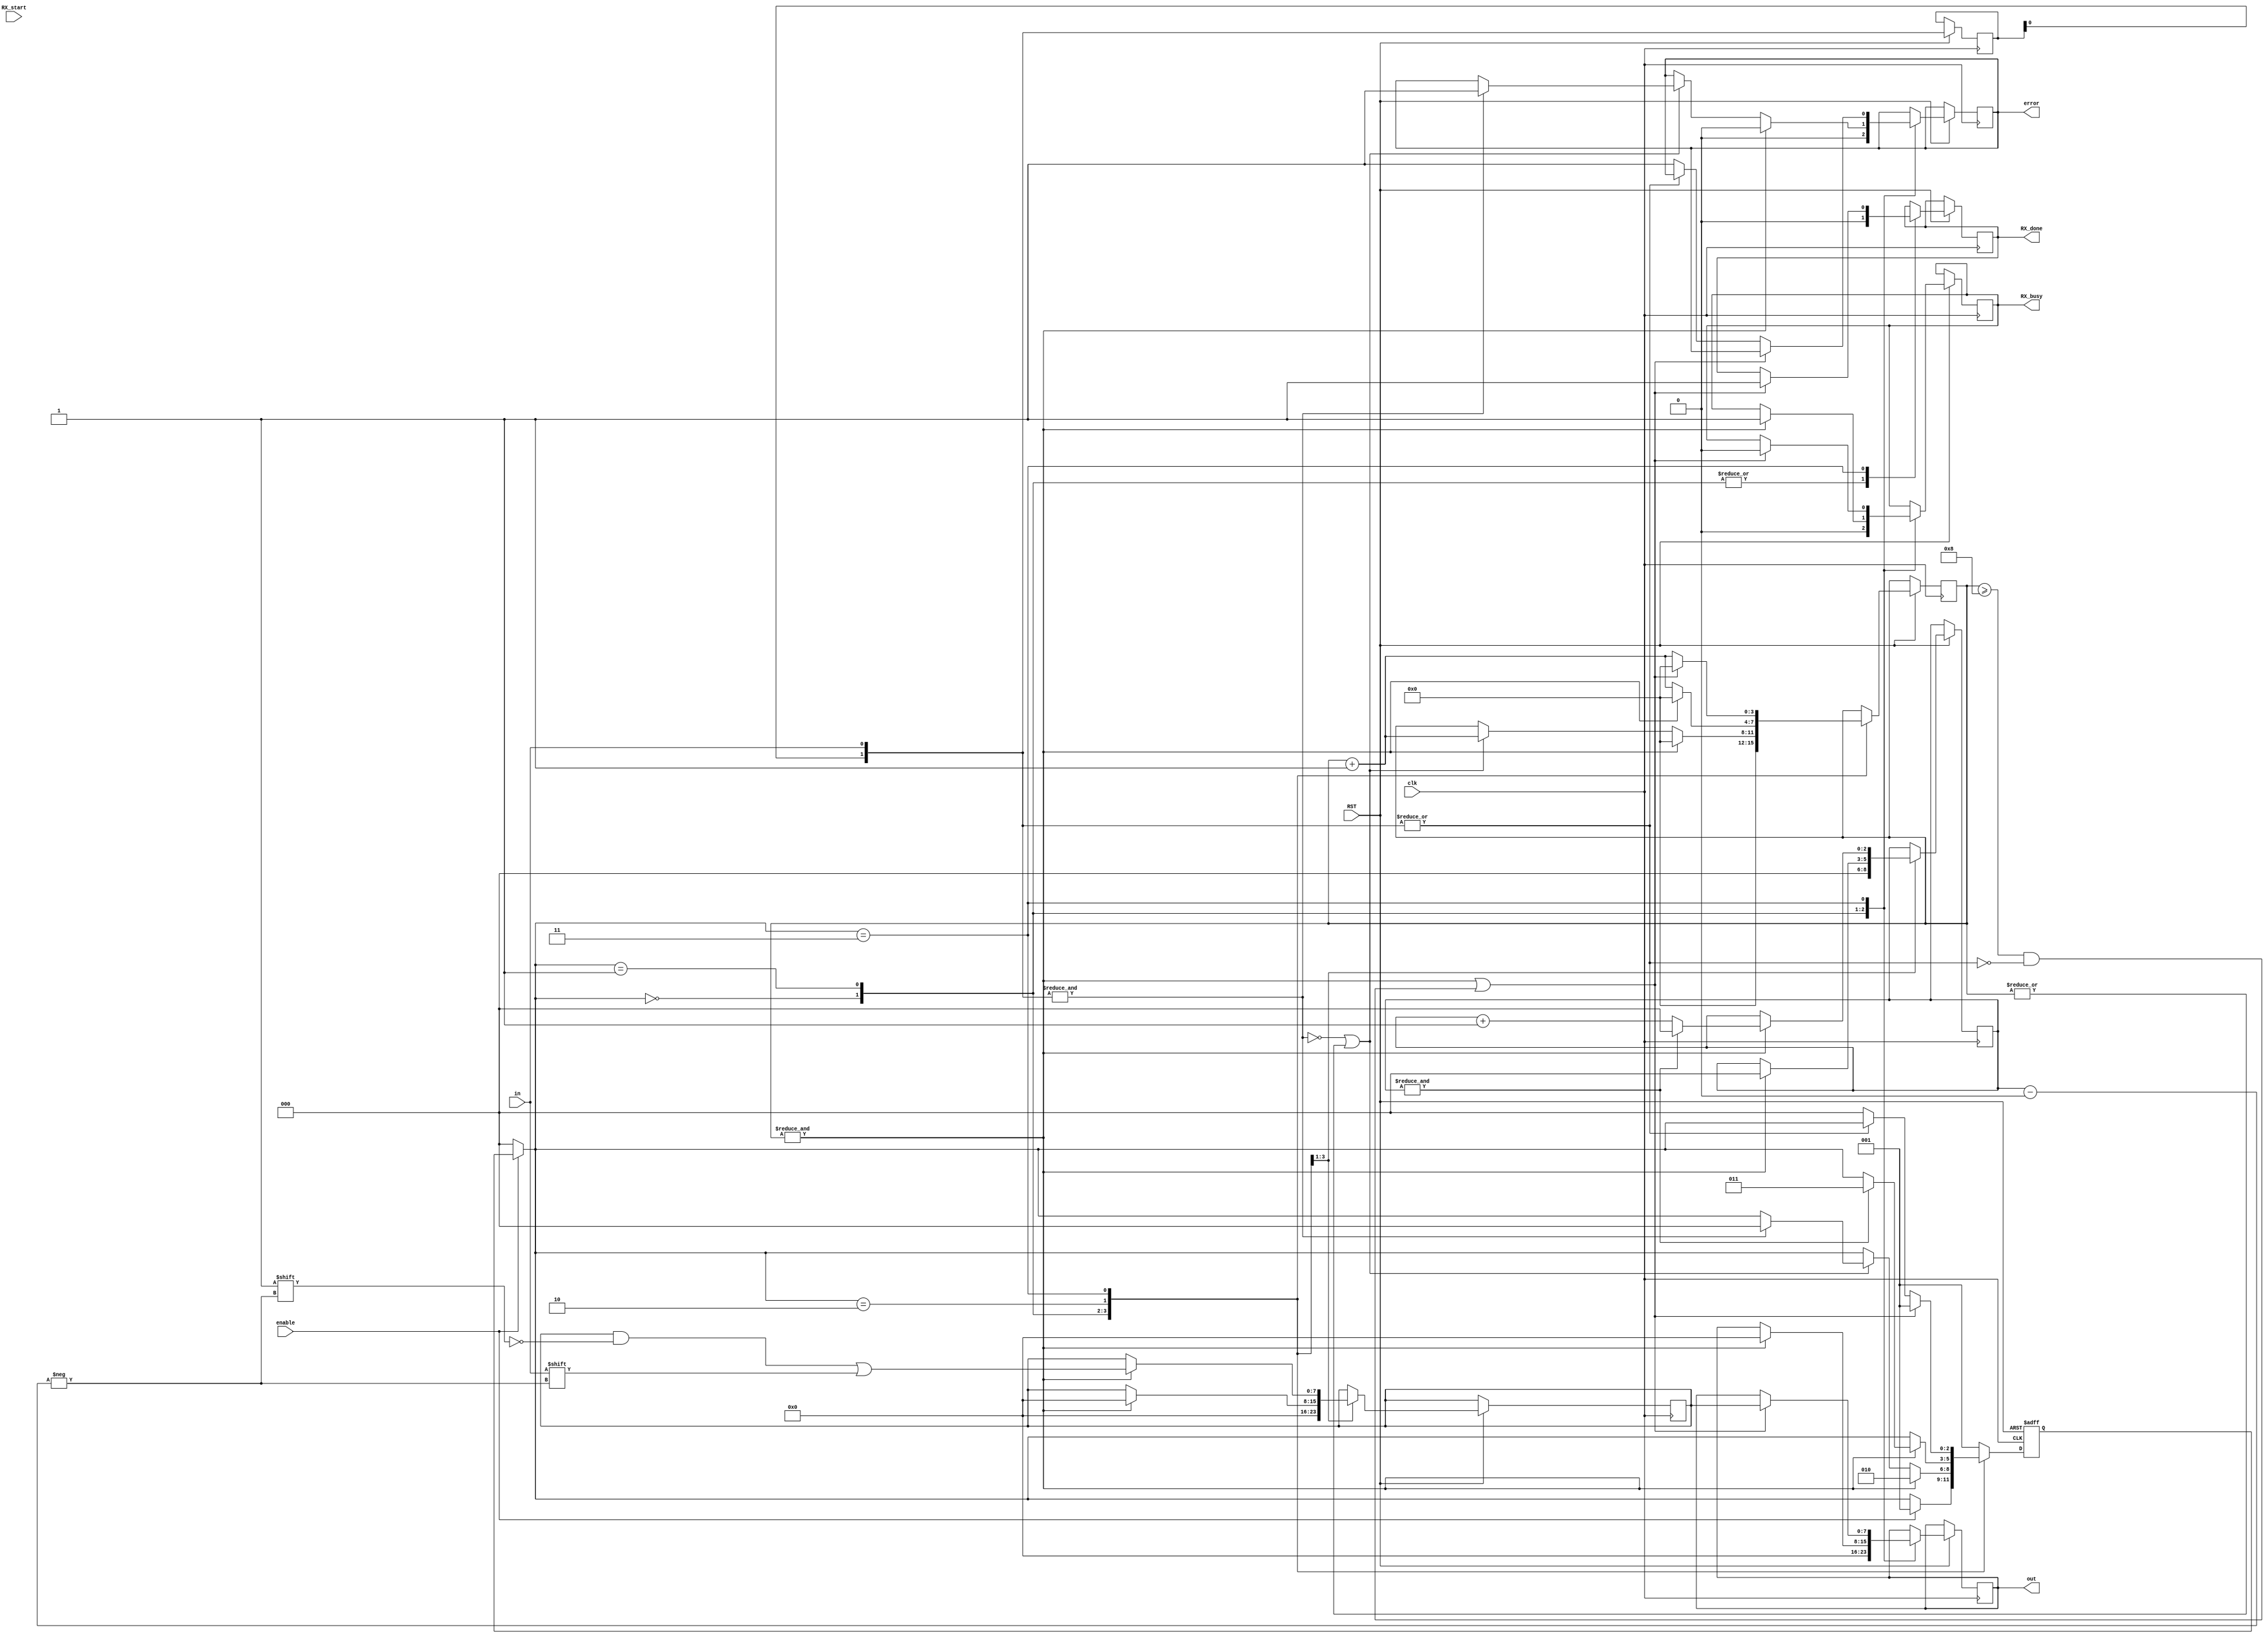
module UART_Receiver #(parameter CLKS_PER_BIT = 2604)
(
  
    input  wire       clk,           // baud rate
    input  wire       enable,
    input  wire       in,            // rx
    input  wire       RX_start,
    input  wire       RST,    
    output reg  [7:0] out,           // received data
    output reg        RX_done,       // end on transaction
    output reg        RX_busy,       // transaction is in process
    output reg        error          // error while receiving data
);

  // Clock frequency in hertz.
  
  parameter CLK_HZ = 25_000_000;
  parameter BIT_RATE =  9600;


    // states of state machine
    parameter RESET = 0;
    parameter IDLE = 1;
    parameter DATA = 2;
    parameter STOP = 3;


    reg [2:0] state = IDLE;           // State register is used to update the current state value with the default being IDLE
    reg [2:0] bitIndex = 3'b0;        // for 8-bit data
    reg [1:0] inShReg = 2'b0;         // shift reg for input signal state
    reg [3:0] clkCount = 4'b0;        // count clocks for 16x oversample
    reg [7:0] receivedData = 8'b0;    // temporary storage for input data

    initial begin
        out <= 8'b0;
        error <= 1'b0;
        RX_done <= 1'b0;
        RX_busy <= 1'b0;
    end

    always @(posedge clk or negedge RST) begin       //At every tick of the system clock 
      if(!RST) begin
        state <= RESET;
      end
      else begin
        inShReg = {inShReg[0], in};
        if (!enable) begin
          state = RESET;
        end

//////////////////////////////// The RESET Case ////////////////////////////////

        case (state)
            RESET: begin
                out <= 8'b0;
                error <= 1'b0;
                RX_done <= 1'b0;
                RX_busy <= 1'b0;
                bitIndex <= 3'b0;
                clkCount <= 4'b0;
                receivedData <= 8'b0;
                if (enable) begin
                    state <= IDLE;
                end
            end
            
//////////////////////////////// The IDLE Case ////////////////////////////////

            IDLE: begin
                RX_done <= 1'b0;
                if (&clkCount) begin
                    state <= DATA;
                    out <= 8'b0;
                    bitIndex <= 3'b0;
                    clkCount <= 4'b0;
                    receivedData <= 8'b0;
                    RX_busy <= 1'b1;
                    error <= 1'b0;
                end 
                else if (!(&inShReg) || |clkCount) begin
                    if (&inShReg) begin             // Check bit to make sure it's still low
                        error <= 1'b1;
                        state <= RESET;
                    end
                    clkCount <= clkCount + 4'b1;    // Wait 8 full cycles to receive serial data
                end
            end

//////////////////////////////// The DATA Case ////////////////////////////////

            DATA: begin
                if (&clkCount) begin // save one bit of received data
                    clkCount <= 4'b0;
                    receivedData[bitIndex] <= inShReg[0];
                    if (&bitIndex) begin
                        bitIndex <= 3'b0;
                        state <= STOP;
                    end 
                    else begin
                        bitIndex <= bitIndex + 3'b1;
                    end
                end 
                else begin
                    clkCount <= clkCount + 4'b1;
                end
            end

//////////////////////////////// The STOP Case ////////////////////////////////

            // Baud clock may not be running at exactly the same rate as the transmitter. 
            // Next start bit is allowed on at least half of stop bit.
            STOP: begin
                if (&clkCount || (clkCount >= 4'h8 && !(|inShReg))) begin
                    state <= IDLE;
                    RX_done <= 1'b1;
                    RX_busy <= 1'b0;
                    out <= receivedData;
                    clkCount <= 4'b0;
                end
                else begin
                    clkCount <= clkCount + 1;
                    if (!(|inShReg)) begin    // Check bit to make sure it's still high
                        error <= 1'b1;
                        state <= RESET;
                    end
                end
            end
            
            default:
             state <= IDLE;
        endcase
        
      end
    end
endmodule